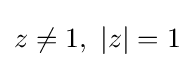
z\neq 1,\ |z|=1